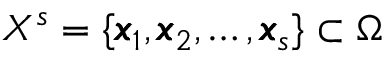
X ^ { s } = \{ \pmb { x } _ { 1 } , \pmb { x } _ { 2 } , \dots , \pmb { x } _ { s } \} \subset \Omega